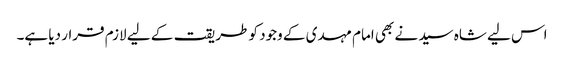
اس لیے شاہ سید نے بھی امام مہدی کے وجود کو طریقت کے لیے لازم قرار دیا ہے۔